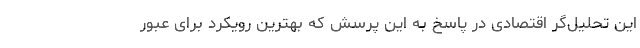
این تحلیل‌گر اقتصادی در پاسخ به این پرسش که بهترین رویکرد برای عبور